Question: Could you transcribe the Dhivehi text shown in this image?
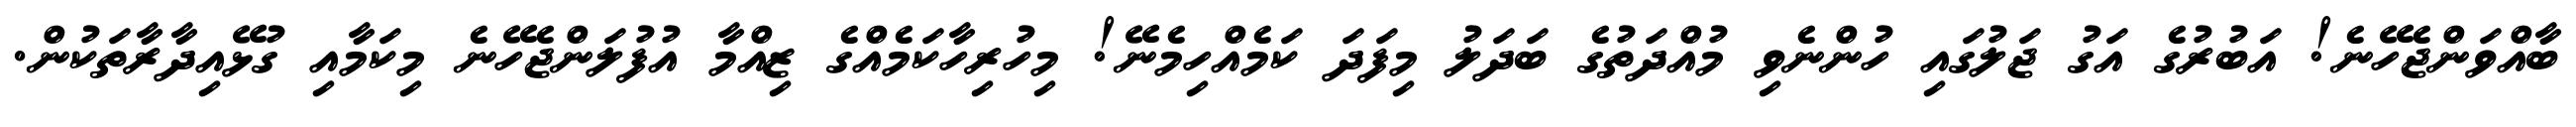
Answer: ބާއްވަންޖެހޭނެ! އަބުރުގެ އަގު ޖަލުގައި ހުންނެވި މުއްދަތުގެ ބަދަލު މިފަދަ ކަމެއްހިމެނޭ! މިހުރިހާކަމެއްގެ ޒިއްމާ އުފުލަންޖެހޭނެ މިކަމާއި ގުޅޭއިދާރާތަކުން.